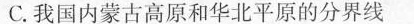
C.我国内蒙古高原和华北平原的分界线